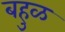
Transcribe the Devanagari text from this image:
बहुळ